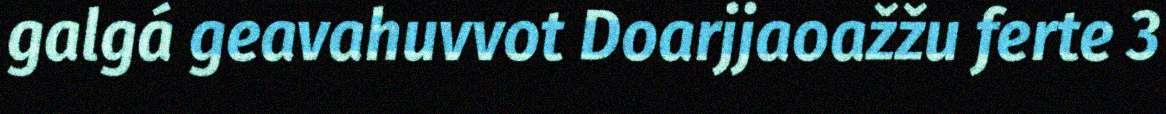
galgá geavahuvvot Doarjjaoažžu ferte 3